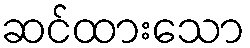
ဆင်ထားသော